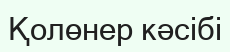
Қолөнер кәсібі